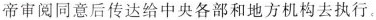
帝审阅同意后传达给中央各部和地方机构去执行。